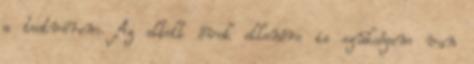
a testvérem. Az eltelt évek ellenére is szükségem van